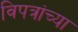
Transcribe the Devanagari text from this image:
विपत्रांच्या